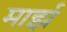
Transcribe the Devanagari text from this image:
मार्झ